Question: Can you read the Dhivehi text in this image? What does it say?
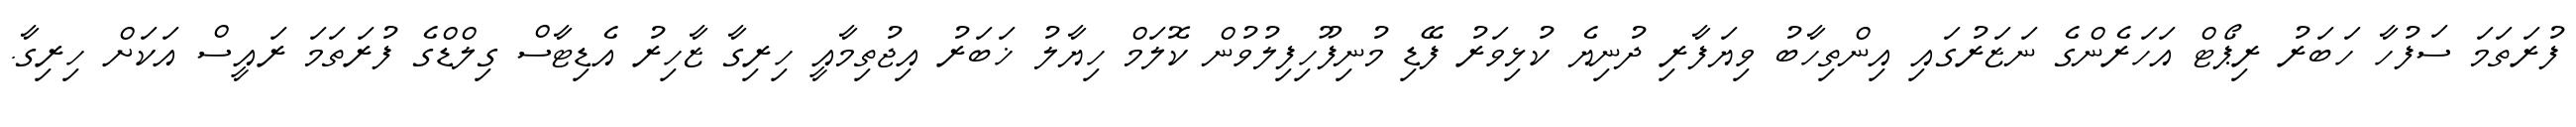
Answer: ފުރަތަމަ ސަފުހާ ހަބަރު ރިޕޯޓް އަހަރެންގެ ނަޒަރުގައި އިންތިހާބު ވިޔަފާރި ދުނިޔެ ކުޅިވަރު ފޭޑި މުނިފޫހިފިލުވުން ކޮލަމް ހިޔާލު ޚަބަރު އިޖުތިމާއީ ހިރިގާ ޒާހިރު އެޑިޓާސް ގިލްޑްގެ ފުރަތަމަ ރައީސް އަކަށް ހިރިގާ.